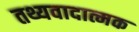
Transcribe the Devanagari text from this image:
तथ्यवादात्मक